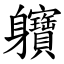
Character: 軉